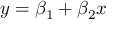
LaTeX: y = \beta _ { 1 } + \beta _ { 2 } x